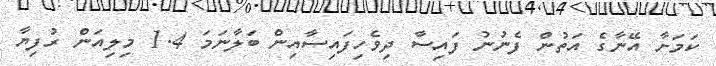
ކަމަށާ އޭނާގެ އަތުން ފެނުނު ފައިސާ ދިވެހިފައިސާއިން ބަލާނަމަ 1.4 މިލިއަން ރުފިޔާ